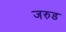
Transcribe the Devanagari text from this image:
जरुड